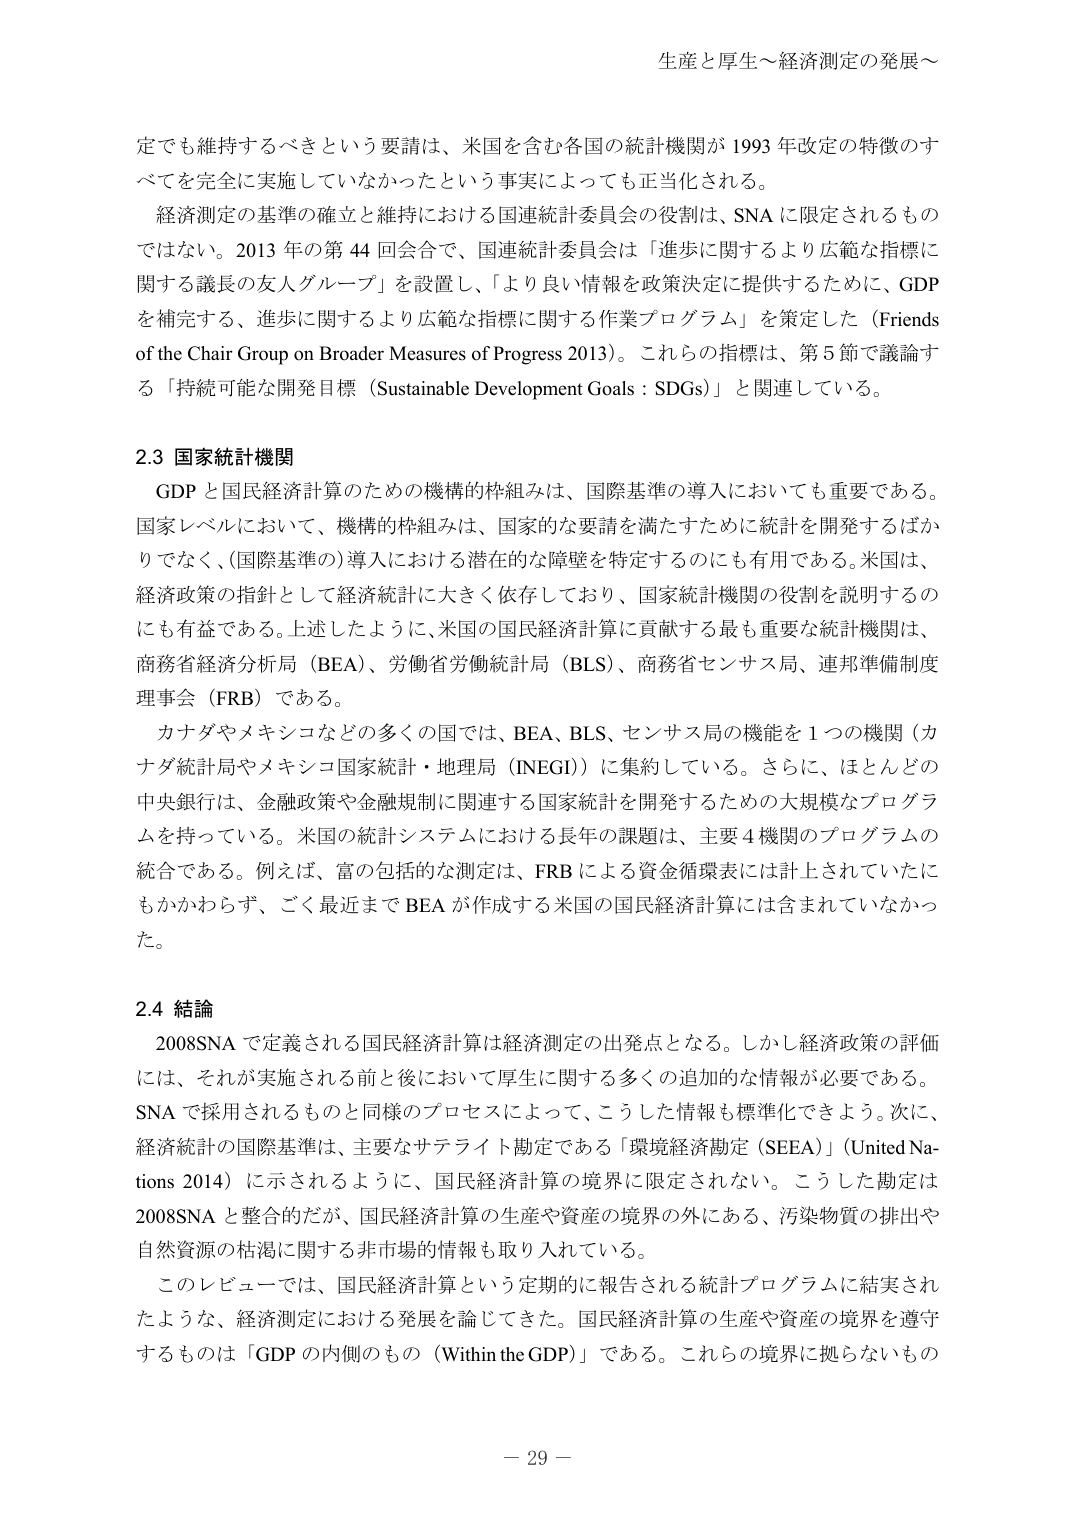
生産と厚生～経済測定の発展～

定でも維持するべきという要請は、米国を含む各国の統計機関が 1993 年改定の特徴のすべてを完全に実施していなかったという事実によっても正当化される。

経済測定の基準の確立と維持における国連統計委員会の役割は、SNA に限定されるものではない。2013 年の第 44 回会合で、国連統計委員会は「進歩に関するより広範な指標に関する議長の友人グループ」を設置し、「より良い情報を政策決定に提供するために、GDP を補完する、進歩に関するより広範な指標に関する作業プログラム」を策定した（Friends of the Chair Group on Broader Measures of Progress 2013）。これらの指標は、第 5 節で議論する「持続可能な開発目標（Sustainable Development Goals：SDGs）」と関連している。

2.3 国家統計機関

GDP と国民経済計算のための機構的枠組みは、国際基準の導入においても重要である。国家レベルにおいて、機構的枠組みは、国家的な要請を満たすために統計を開発するばかりでなく、(国際基準)導入における潜在的な障壁を特定するのにも有用である。米国は、経済政策の指針として経済統計に大きく依存しており、国家統計機関の役割を説明するのにも有益である。上述したように、米国の国民経済計算に貢献する最も重要な統計機関は、商務省経済分析局（BEA）、労働省労働統計局（BLS）、商務省センサス局、連邦準備制度理事会（FRB）である。

カナダやメキシコなどの多くの国では、BEA、BLS、センサス局の機能を 1 つの機関（カナダ統計局やメキシコ国家統計・地理局（INEGI））に集約している。さらに、ほとんどの中央銀行は、金融政策や金融規制に関連する国家統計を開発するための大規模なプログラムを持っている。米国の統計システムにおける長年の課題は、主要 4 機関のプログラムの統合である。例えば、富の包括的な測定は、FRB による資金循環表には計上されていたにもかかわらず、ごく最近まで BEA が作成する米国の国民経済計算には含まれていなかった。

2.4 結論

2008SNA で定義される国民経済計算は経済測定の出発点となる。しかし経済政策の評価には、それが実施される前と後において厚生に関する多くの追加的な情報が必要である。SNA で採用されるものと同様のプロセスによって、こうした情報も標準化できよう。次に、経済統計の国際基準は、主要なサテライト勘定である「環境経済勘定（SEEA）」（United Nations 2014）に示されるように、国民経済計算の境界に限定されない。こうした勘定は 2008SNA と整合的だが、国民経済計算の生産や資産の境界の外にある、汚染物質の排出や自然資源の枯渇に関する非市場的情報も取り入れている。

このレビューでは、国民経済計算という定期的に報告される統計プログラムに結実されたような、経済測定における発展を論じてきた。国民経済計算の生産や資産の境界を遵守するものは「GDP の内側のもの（Within the GDP）」である。これらの境界に拠らないもの

－ 29 －